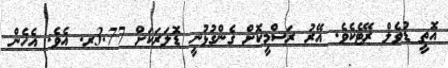
އޮތީ ޑުވެލް ރޭޓެކެވެ. އޭރު ރަސްމީކޮށް ގެންގުޅުނީ ޑޮލަރަކަށް 3.77ރ. އެވެ. އެހެން